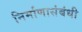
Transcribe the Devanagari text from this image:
निर्माणासंबंधी